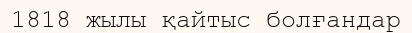
1818 жылы қайтыс болғандар